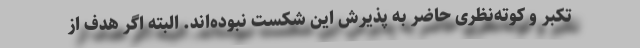
تکبر و کوته‌نظری حاضر به پذیرش این شکست نبوده‌اند. البته اگر هدف از